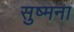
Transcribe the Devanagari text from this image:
सुष्मना